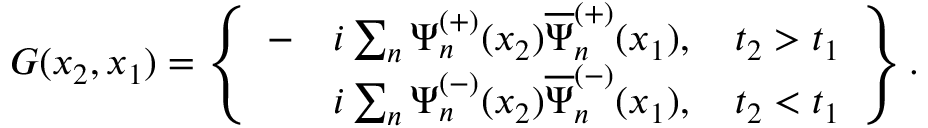
G ( x _ { 2 } , x _ { 1 } ) = \left\{ \begin{array} { l l } { { - } } & { { i \sum _ { n } ^ { } \Psi _ { n } ^ { ( + ) } ( x _ { 2 } ) \overline { { { \Psi } } } _ { n } ^ { ( + ) } ( x _ { 1 } ) , \quad t _ { 2 } > t _ { 1 } } } \\ { { } } & { { i \sum _ { n } ^ { } \Psi _ { n } ^ { ( - ) } ( x _ { 2 } ) \overline { { { \Psi } } } _ { n } ^ { ( - ) } ( x _ { 1 } ) , \quad t _ { 2 } < t _ { 1 } } } \end{array} \right\} .